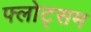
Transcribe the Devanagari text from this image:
फ्लोट्सम